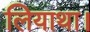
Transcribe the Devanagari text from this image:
लियाथा।